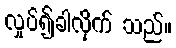
လှုပ်၍ခါလိုက် သည်။